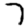
Digit: 7